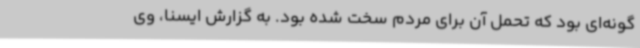
گونه‌ای بود که تحمل آن برای مردم سخت شده بود. به گزارش ایسنا، وی